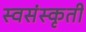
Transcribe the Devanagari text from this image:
स्वसंस्कृती